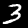
Digit: 3